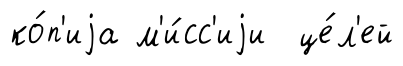
ко́п'иjа м'и́сс'иjи це́л'ей